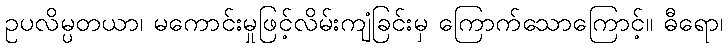
ဥပလိမ္ပတယာ၊ မကောင်းမှုဖြင့်လိမ်းကျံခြင်းမှ ကြောက်သောကြောင့်။ ဓီရော၊